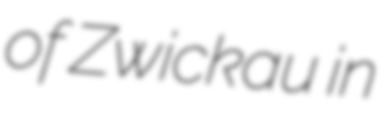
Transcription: of Zwickau in